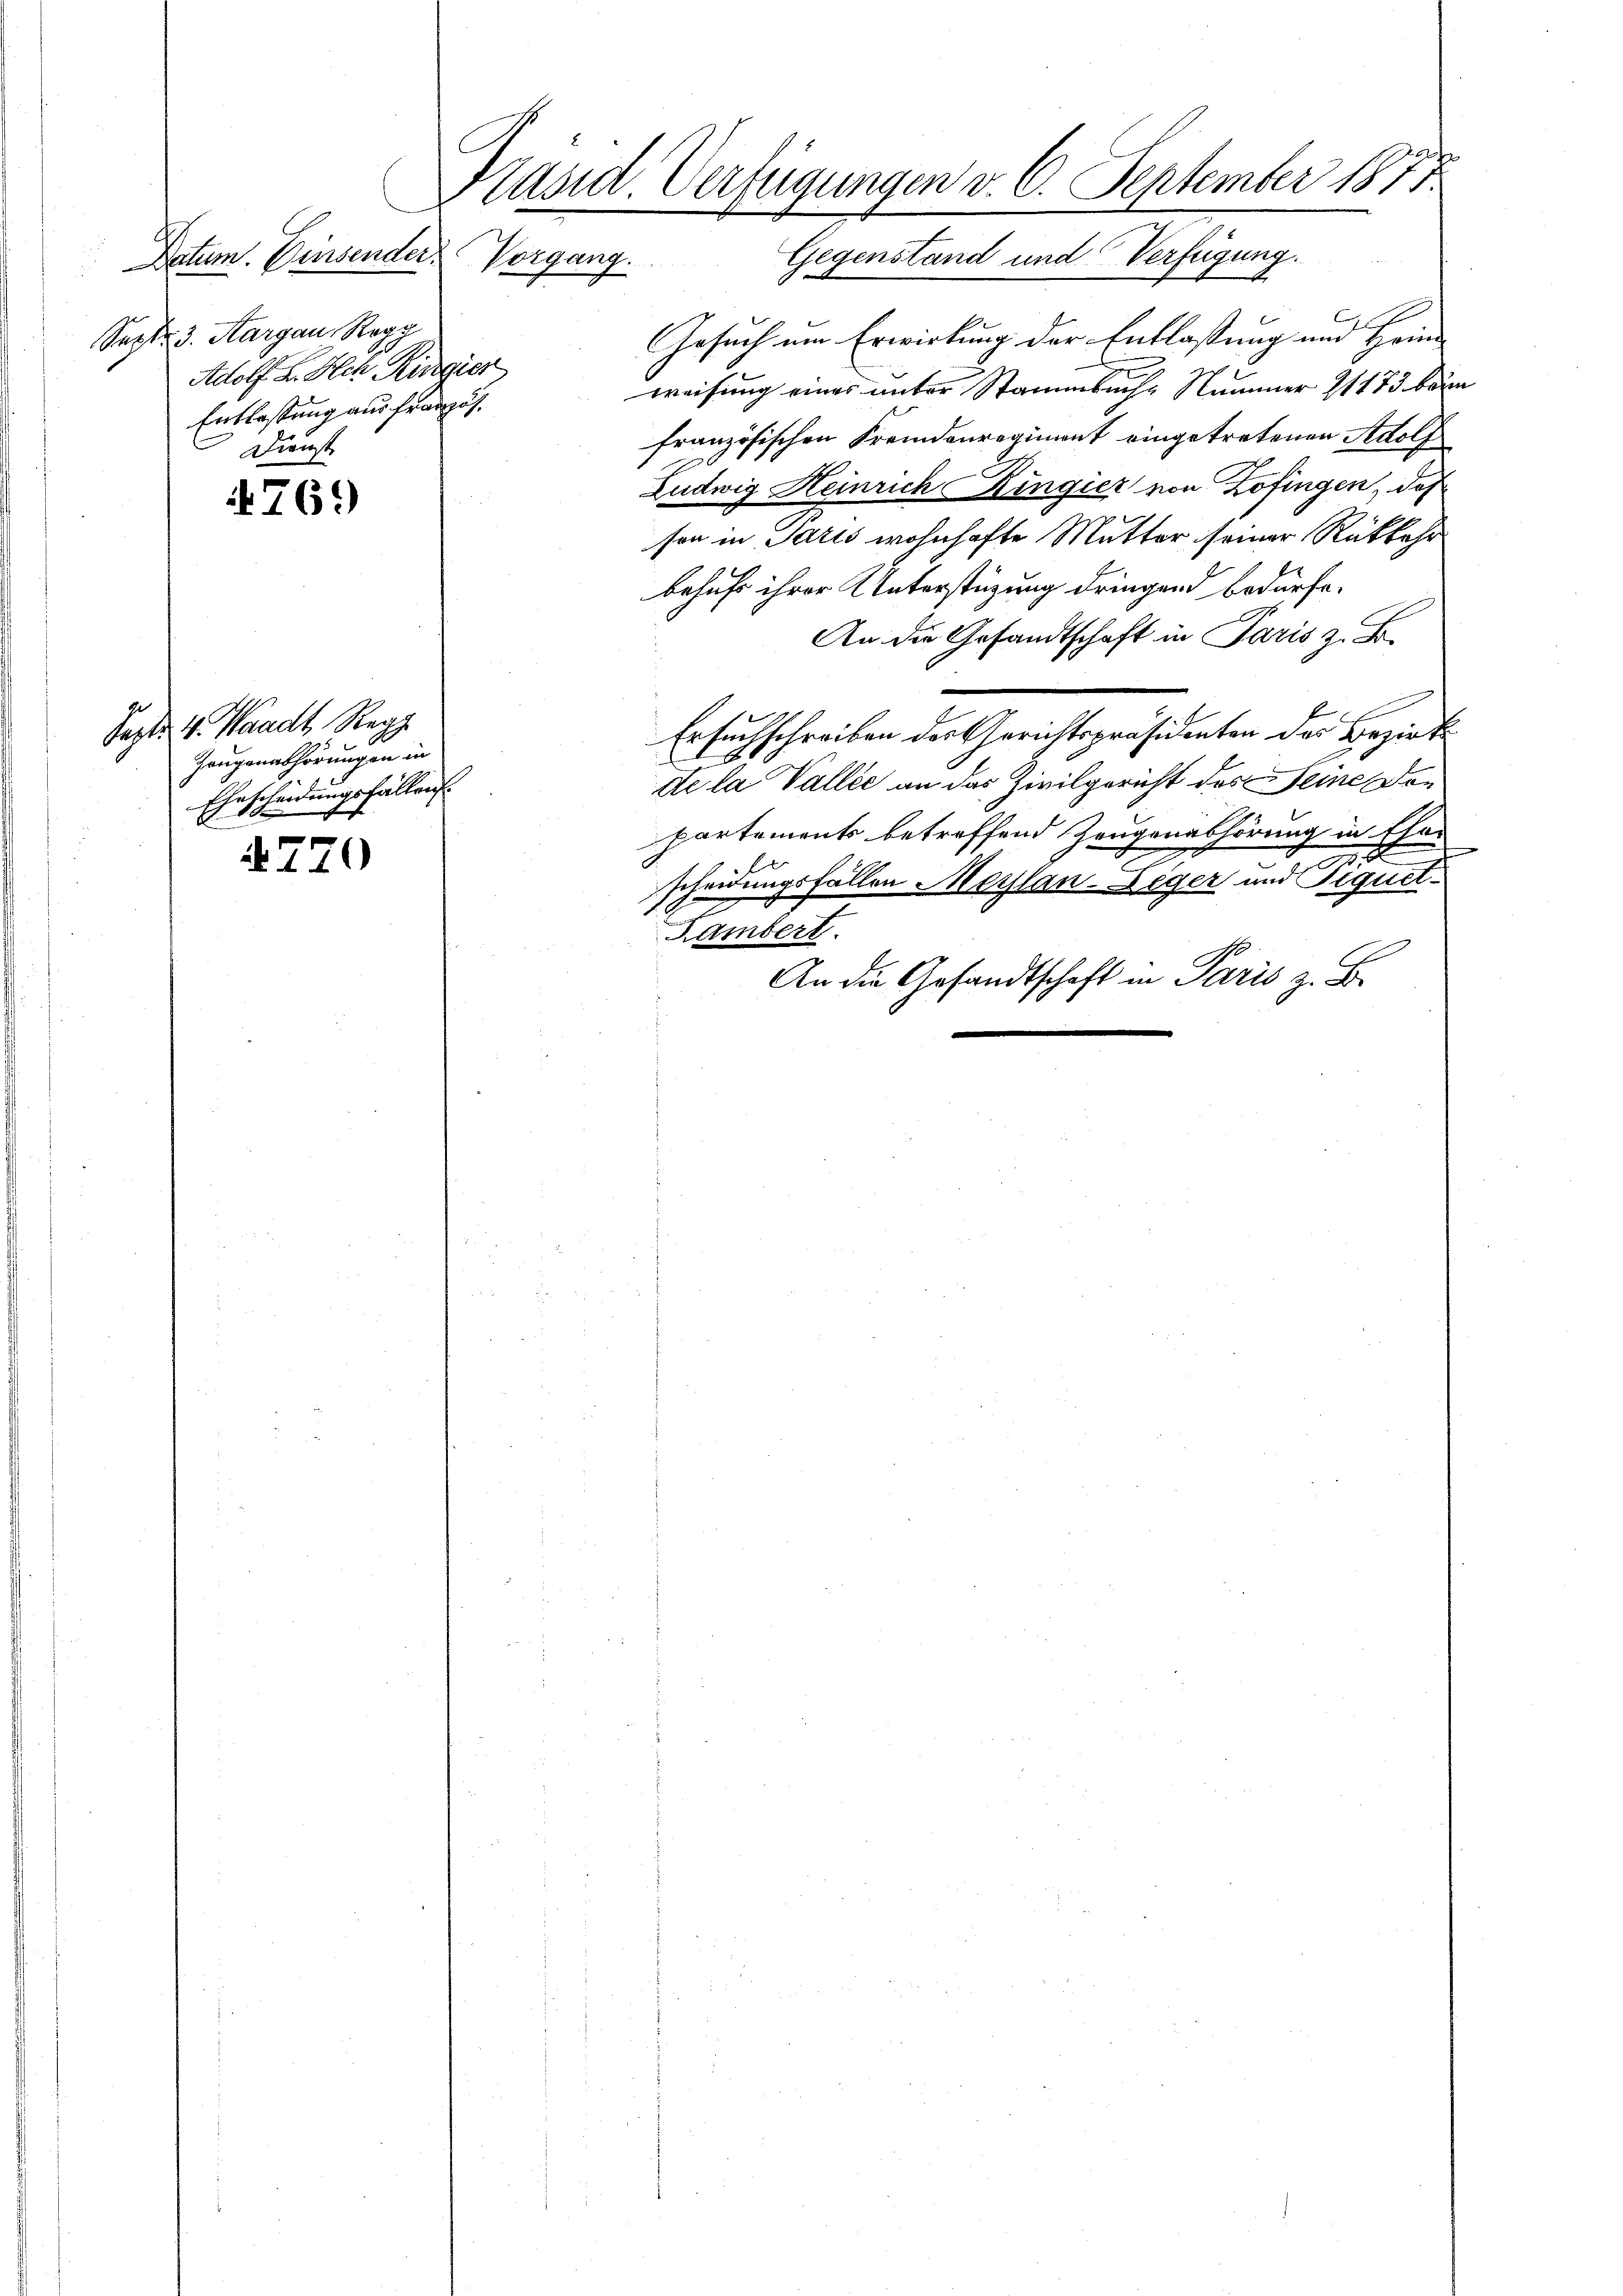
Datum. Einsender Vorgang.
Sept. 3. Aargau, Regg
Adolf L. Hch. Küngier
Entlastung aus Französ¬
Dienst

769

4770

Sept. v. Waadt Reg
Zeugenabhörungen in
Ehescheidungsfällen.

Fräsid. Verfügungen v. 6. September 1817.
Gegenstand und Verfügung.

Gesuch um Erwirkung der Entlastung und Heine
weisung eines unter Stammbuche Nummer 11173 beim
französischen Fremdenregiment eingetretenen Adolf
Ludwig Heinrich ingier von Zofingen, daß
son in Paris wohnhafte Mutter, seiner Rückkehr
behufs ihrer Unterstüzung dringend bedürfe.
An die Gesandtschaft in Paris z. B.
Ersuchschreiben des Gerichtspräsidenten des Bezirk
de la Vallee an das Zivilgericht des Seine don
partements betreffend Zeugenabhörung in Eher
e
f
scheidungsfällen Maylan-Leger und Piquit-
Lambert.
An die Gesandtschaft in Paris z. B.